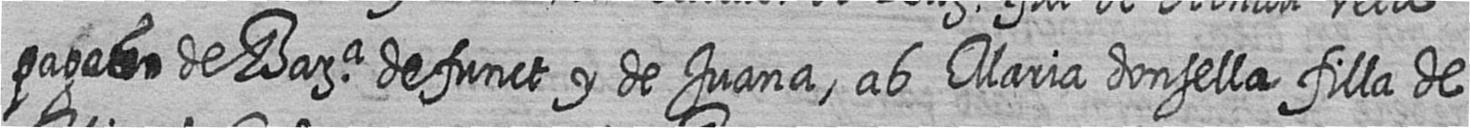
pages de Bara defunct y de Juana ab Maria donsella filla de